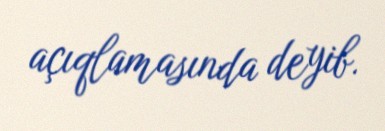
açıqlamasında deyib.